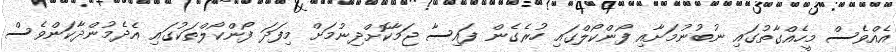
އެއްވެސް މީހެއްގާތުގައި ނުބުނުމަށާއި ފޯންކޯލްގައި ހުރެގެން ފައިސާ ޖަމާކޮށްދިނުމަށް މިފަދަ ފޯންކޯލްތަކުގައި އެދެމުންދާކަންވެސް